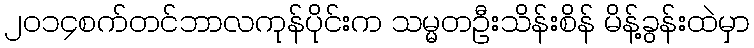
၂၀၁၄စက်တင်ဘာလကုန်ပိုင်းက သမ္မတဦးသိန်းစိန် မိန့်ခွန်းထဲမှာ